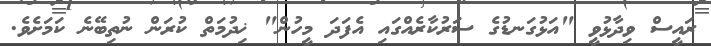
ރައީސް ވިދާޅުވީ "އަޅުގަނޑުގެ ސަރުކާރެއްގައި އެފަދަ މީހުން" ޚިދުމަތް ކުރަން ނުތިބޭނެ ކަމަށެވެ.